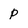
Character: p